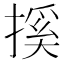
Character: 㨙